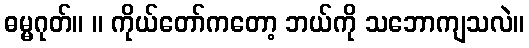
ဓမ္မဂုတ်။ ။ ကိုယ်တော်ကတော့ ဘယ်ကို သဘောကျသလဲ။